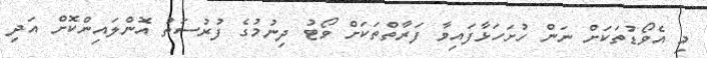
މި އެވޯޑުތަކަށް ނަން ހުށަހަޅާފައިވާ ފަރާތްތަކަށް ވޯޓު ދިނުމުގެ ފުރުސަތު އޮންލައިންކޮށް އަދި